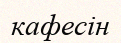
кафесін